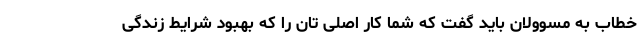
خطاب به مسوولان باید گفت که شما کار اصلی تان را که بهبود شرایط زندگی